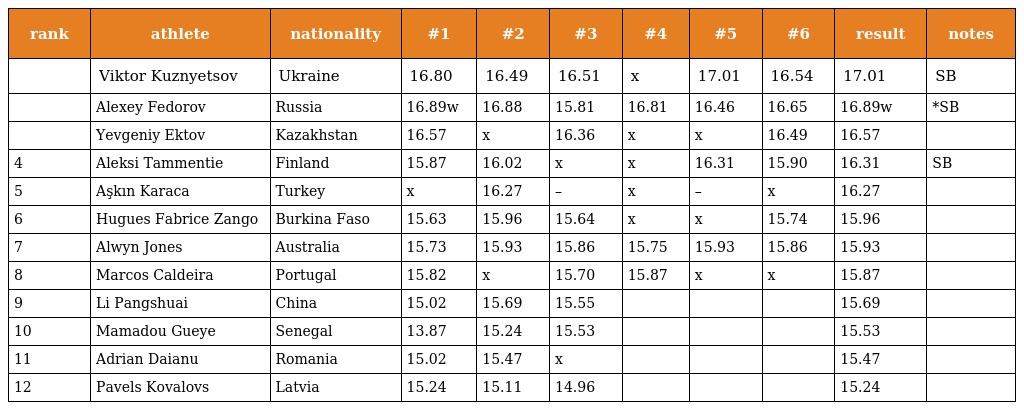
| rank | athlete | nationality | #1 | #2 | #3 | #4 | #5 | #6 | result | notes |
 | --- | --- | --- | --- | --- | --- | --- | --- | --- | --- | --- |
 |  | Viktor Kuznyetsov | Ukraine | 16.80 | 16.49 | 16.51 | x | 17.01 | 16.54 | 17.01 | SB |
 |  | Alexey Fedorov | Russia | 16.89w | 16.88 | 15.81 | 16.81 | 16.46 | 16.65 | 16.89w | *SB |
 |  | Yevgeniy Ektov | Kazakhstan | 16.57 | x | 16.36 | x | x | 16.49 | 16.57 |  |
 | 4 | Aleksi Tammentie | Finland | 15.87 | 16.02 | x | x | 16.31 | 15.90 | 16.31 | SB |
 | 5 | Aşkın Karaca | Turkey | x | 16.27 | – | x | – | x | 16.27 |  |
 | 6 | Hugues Fabrice Zango | Burkina Faso | 15.63 | 15.96 | 15.64 | x | x | 15.74 | 15.96 |  |
 | 7 | Alwyn Jones | Australia | 15.73 | 15.93 | 15.86 | 15.75 | 15.93 | 15.86 | 15.93 |  |
 | 8 | Marcos Caldeira | Portugal | 15.82 | x | 15.70 | 15.87 | x | x | 15.87 |  |
 | 9 | Li Pangshuai | China | 15.02 | 15.69 | 15.55 |  |  |  | 15.69 |  |
 | 10 | Mamadou Gueye | Senegal | 13.87 | 15.24 | 15.53 |  |  |  | 15.53 |  |
 | 11 | Adrian Daianu | Romania | 15.02 | 15.47 | x |  |  |  | 15.47 |  |
 | 12 | Pavels Kovalovs | Latvia | 15.24 | 15.11 | 14.96 |  |  |  | 15.24 |  |